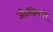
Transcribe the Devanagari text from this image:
जोखिमभरे